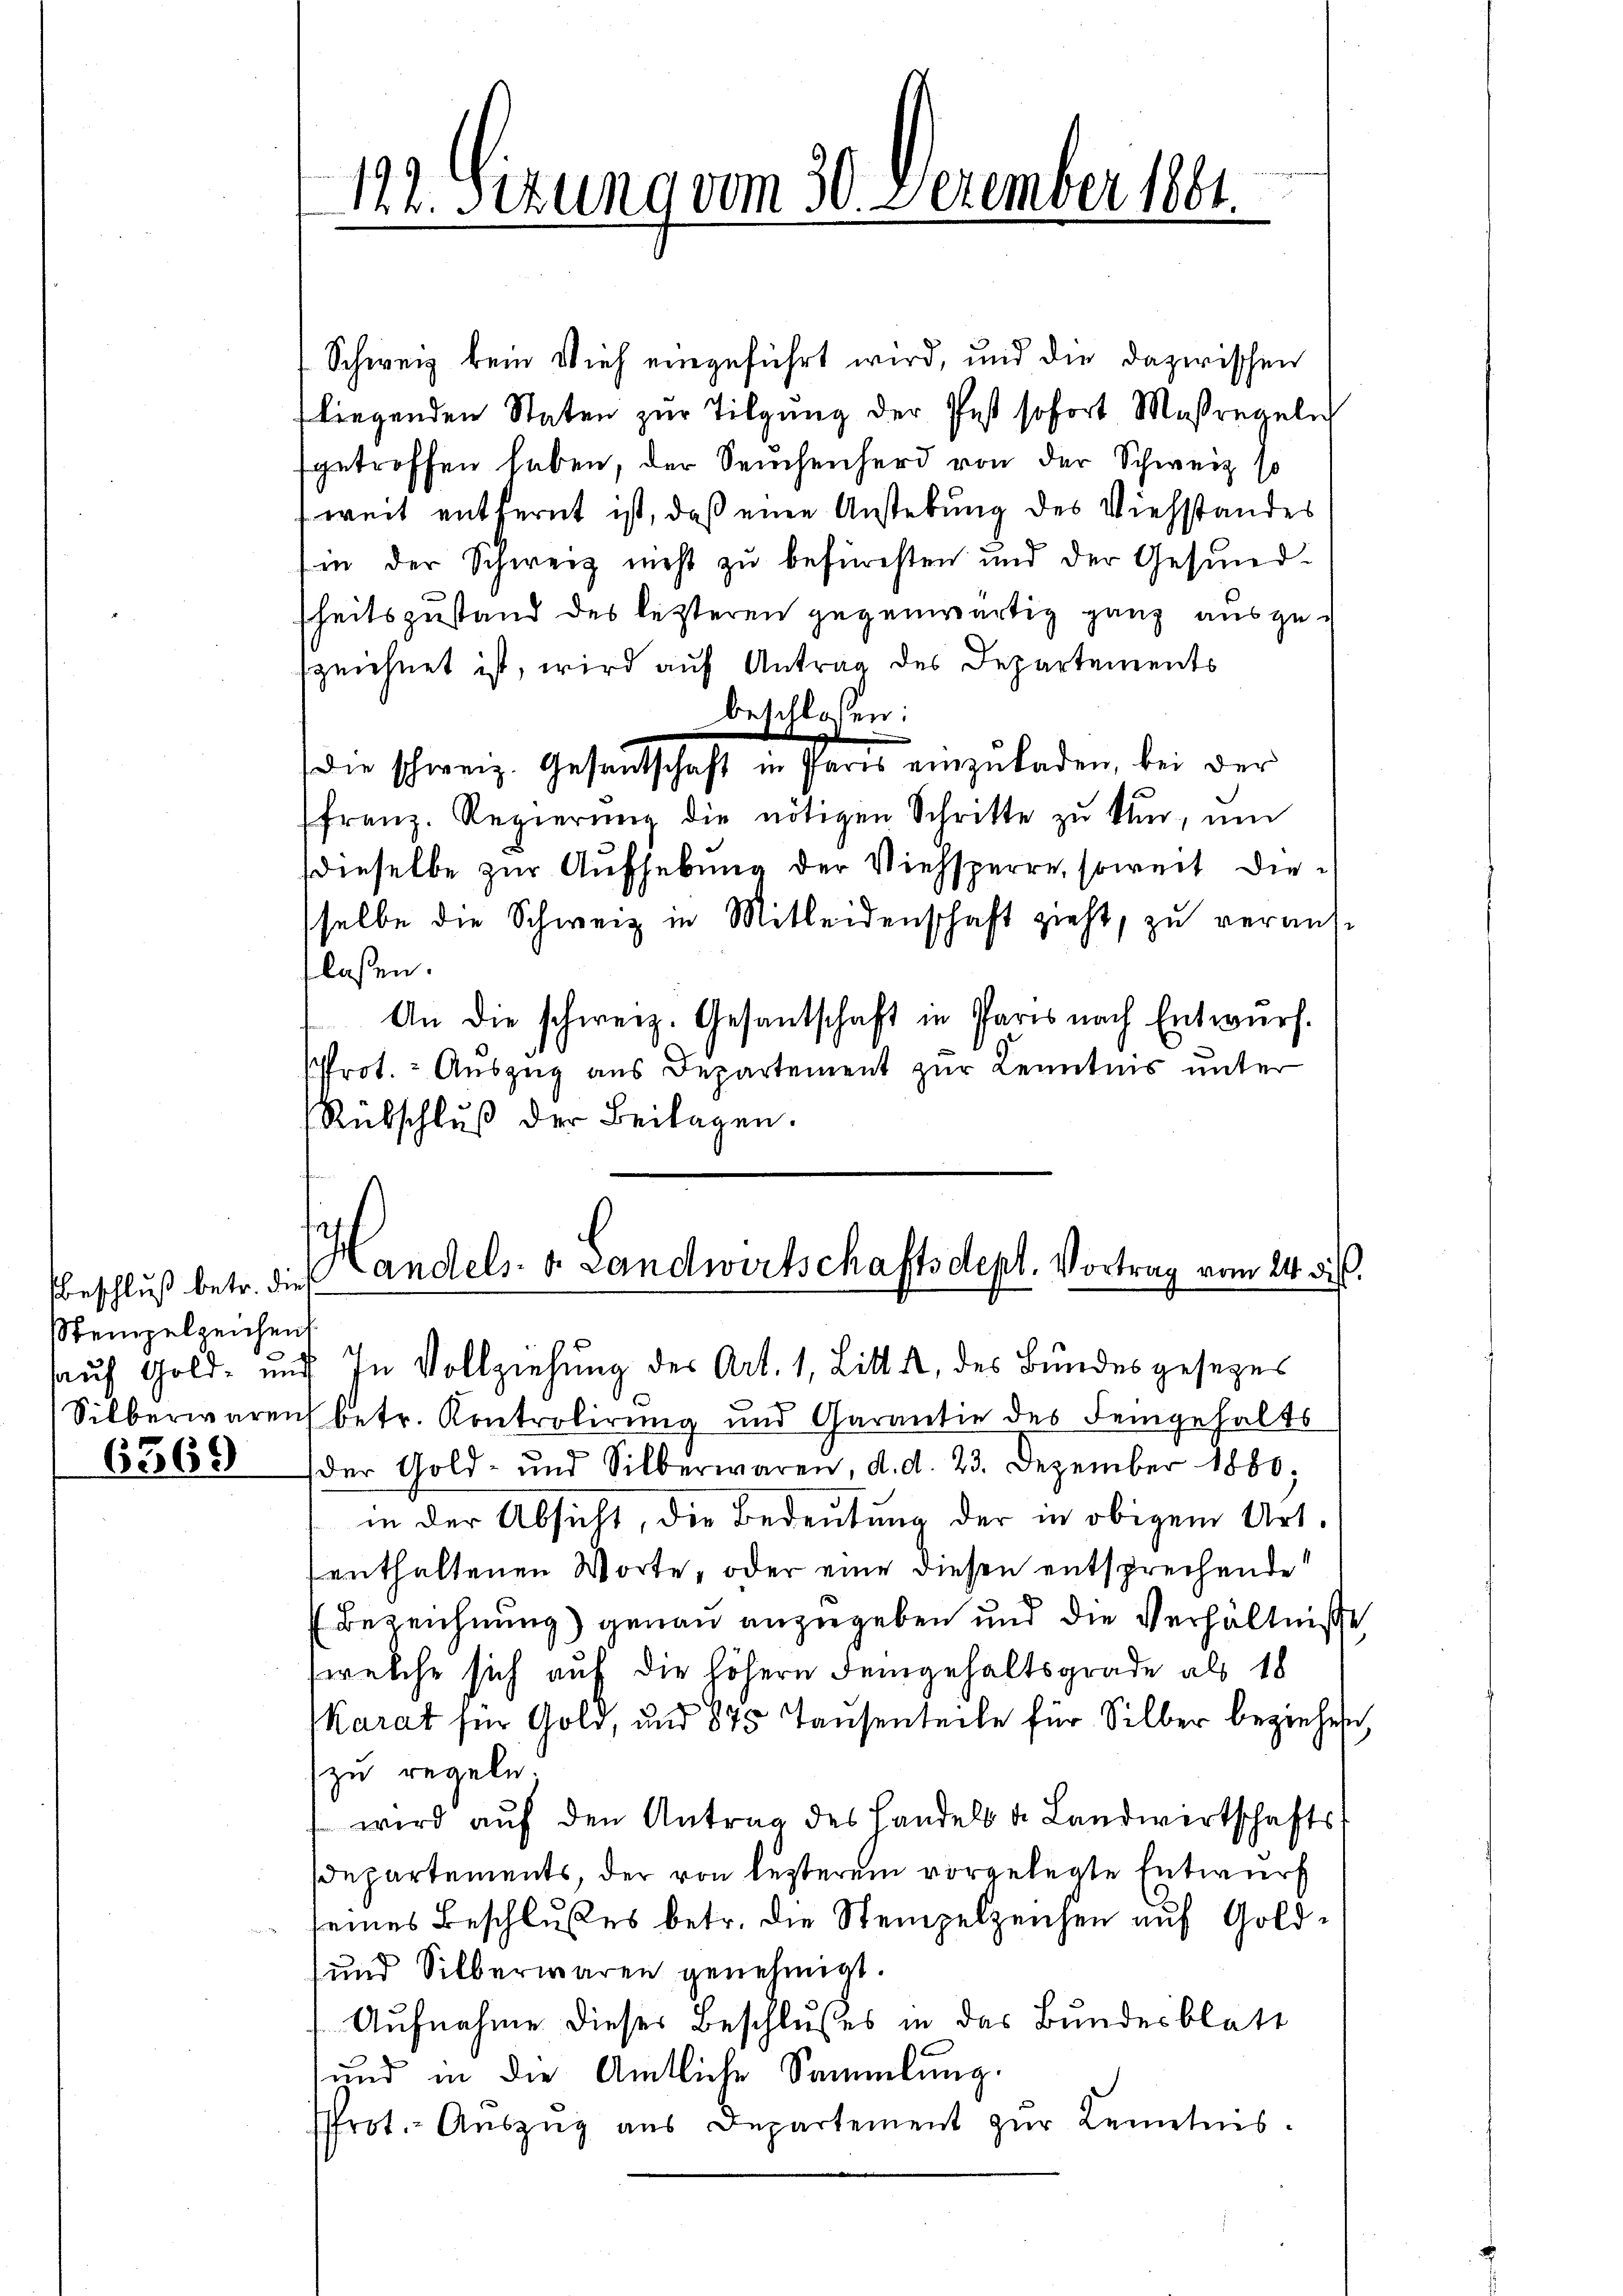
beschluß betr. dies
Stempelzeichen

6369

Schweiz kein Vieh eingeführt wird, und die dazwischen
fliegenden Staten zŭr Tilgung der Pest sofort Maßregeln
getroffen haben, der Seuchenherd von der Schweiz so
weit entfernt ist, daß eine Anstehung des Viehstandes
in der Schweiz nicht zu befürsten und der Gesundsheitszustand des lezteren gegenwärtig ganz ausge-
fzeichnet ist, wird auf Antrag des Departements
beschlossen:
die schweiz. Gesantschaft in Paris einzŭladen, bei der
franz. Regierŭng die nötigen Schritte zŭ tun, um
dieselbe zur Aufhebung der Viehsperre, soweit dieselbe die Schweiz in Mitleidenschaft zieht, zu veraus-
flassen.
An die schweiz. Gesantschaft in Paris nach Entwurf.
Prot. - Auszug aus Departement zur Kenntnis unter
Rübschluß der Beilagen.
Handels. v. Landwirtschaftsdept. Vortrag vom 14. d.
auf Gold- und In Vollziehung des Art. 1, Litt. a, des Bundesgesezes
Silberwarens betr. Kontrolirung und Garantie des Feingehalts
(der Gold- und Silberwaren, d. d. 23. Dezember 1880;
in der Absicht, die Bedeutung der in obigem Art.
enthaltenen Worte, oder eine diesen entsprechende
Bezeichnung) genau anzugeben und die Verhältniß
(welche sich auf die höhern demgehaltsgrade als 18
Karat für Gold, und 875 Tausenteile für Silber beziehen
zu regeln.
 wird aŭf den Antrag des Handels u. Landwirtschafts-
departements, der von lezterem vorgelegte Entwurf
seines Beschlußes betr. die Stempelzeichen auf Gold¬
und Silberwaren genehmigt.
Aufnahme dieser Beschlußes in das Bundesblatt
und in die Amtliche Sammlung.
Prot. Aŭszŭg aŭs Departement zŭr Leites.

122. Sizung vom 30. Dezember 1861.